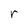
Character: r